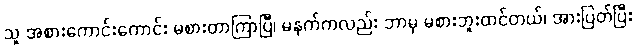
သူ အစားကောင်းကောင်း မစားတာကြာပြီ၊ မနက်ကလည်း ဘာမှ မစားဘူးထင်တယ်၊ အားပြတ်ပြီး